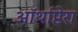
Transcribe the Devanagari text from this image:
ऑर्थाप्टेरा